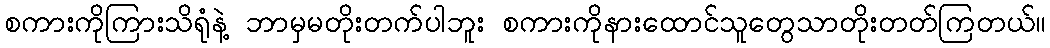
စကားကိုကြားသိရုံနဲ့ ဘာမှမတိုးတက်ပါဘူး စကားကိုနားထောင်သူတွေသာတိုးတတ်ကြတယ်။